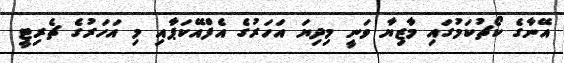
އޭނާގެ ކޯޗުކަމުގައި މާޒިޔާ ވަނީ މިދިޔަ އަހަރުގެ އެފްއޭކަޕާއި މި އަހަރުގެ ޗެރިޓީ